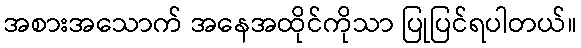
အစားအသောက် အနေအထိုင်ကိုသာ ပြုပြင်ရပါတယ်။